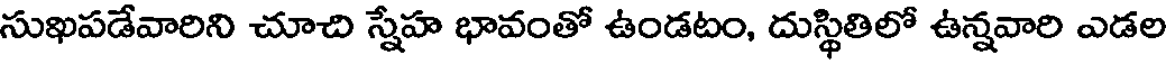
సుఖపడేవారిని చూచి స్నేహ భావంతో ఉండటం, దుస్థితిలో ఉన్నవారి ఎడల